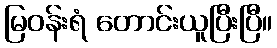
မြဝန်းရံ တောင်းယူပြီးပြီ။